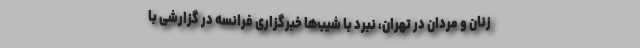
زنان و مردان در تهران، نبرد با شیب‌ها خبرگزاری فرانسه در گزارشی با